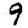
Digit: 9